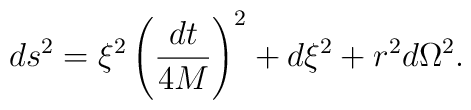
ds^2 = \xi^2 \left({dt\over 4 M}\right)^2 +  d\xi^2+r^2 d\Omega^2.